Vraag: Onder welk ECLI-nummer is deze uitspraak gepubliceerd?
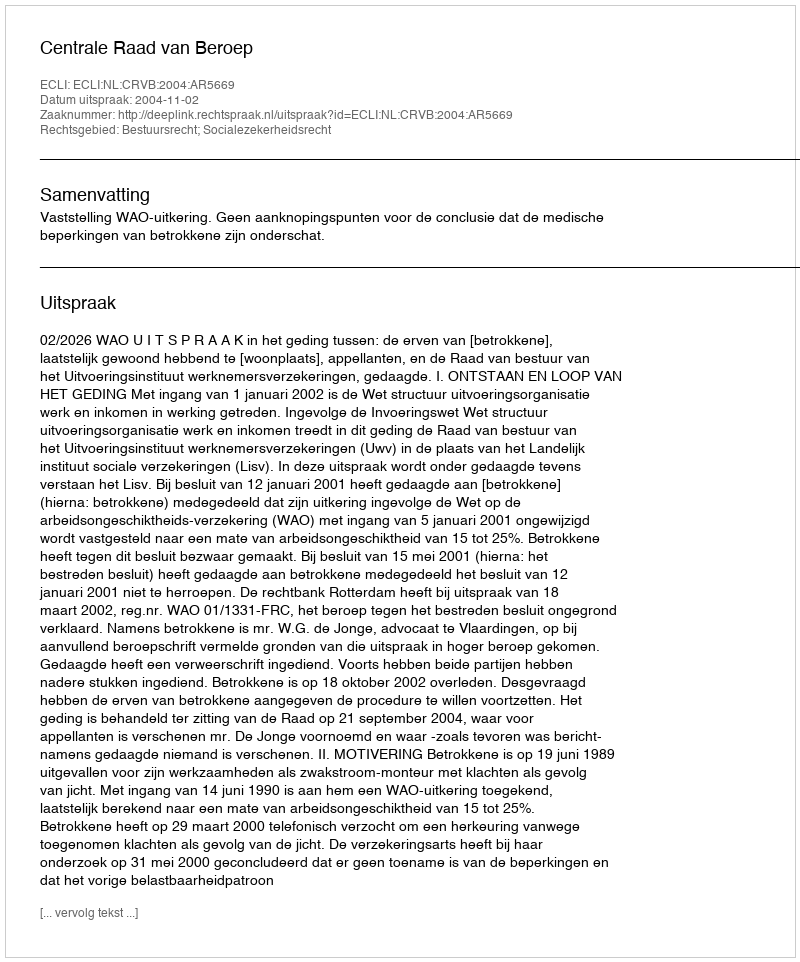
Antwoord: ECLI:NL:CRVB:2004:AR5669